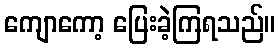
ကျောကော့ ပြေးခဲ့ကြရသည်။